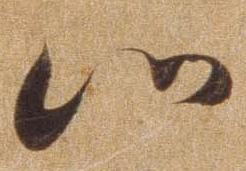
心